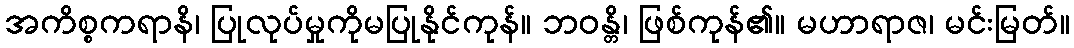
အကိစ္စကရာနိ၊ ပြုလုပ်မှုကိုမပြုနိုင်ကုန်။ ဘဝန္တိ၊ ဖြစ်ကုန်၏။ မဟာရာဇ၊ မင်းမြတ်။